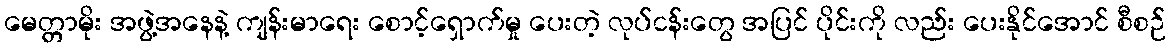
မေတ္တာမိုး အဖွဲ့အနေနဲ့ ကျန်းမာရေး စောင့်ရှောက်မှု ပေးတဲ့ လုပ်ငန်းတွေ အပြင် ပိုင်းကို လည်း ပေးနိုင်အောင် စီစဉ်